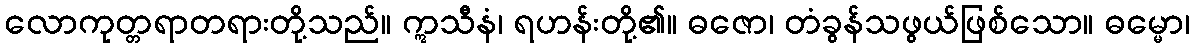
လောကုတ္တရာတရားတို့သည်။ ဣသီနံ၊ ရဟန်းတို့၏။ ဓဇော၊ တံခွန်သဖွယ်ဖြစ်သော။ ဓမ္မော၊